Indian journal of veterinary science and animal husbandry - Volume 13,
Year: 1943
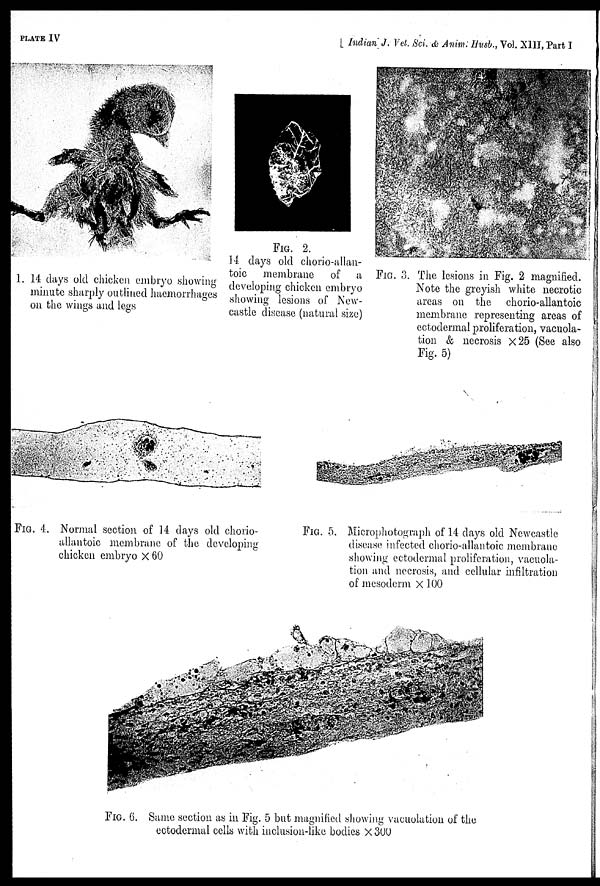
PLATE IV
[ Indian J. Vet Sci. & Anim: Husb., Vol. XIII, Part I
1. 14 days old chicken embryo showing
minute sharply outlined haemorrhages
on the wings and legs
FIG. 2.
14 days old chorio-allan¬
toic membrane of a
developing chicken embryo
showing lesions of New-
castle disease (natural size)
FIG. 3. The lesions in Fig. 2 magnified.
Note the greyish white necrotic
areas on the chorio-allantoic
membrane representing areas of
ectodermal proliferation, vacuola-
tion & necrosis ×25 (See also
Fig. 5)
FIG. 4. Normal section of 14 days old chorio-
allantoic membrane of the developing
chicken embryo × 60
FIG. 5. Microphotograph of 14 days old Newcastle
disease infected chorio-allantoic membrane
showing ectodermal proliferation, vacuola-
tion and necrosis, and cellular infiltration
of mesoderm ×100
FIG. 6. Same section as in Fig. 5 but magnified showing vacuolation of the
ectodermal cells with inclusion-like bodies ×300